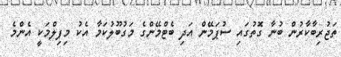
ތަޖުރިބާކާރުން ބުނާ ގޮތުގައި ސުޕަމޭން އަދި ބެޓްމޭންގެ މަގުބޫލުކަމާ އެކު މިފިލްމަކީ އެންމެ